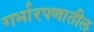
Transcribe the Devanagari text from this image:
गर्भारपणातील